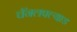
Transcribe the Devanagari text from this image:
चॅनलपल्याड